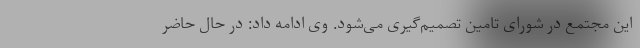
این مجتمع در شورای تامین تصمیم‌گیری می‌شود. وی ادامه داد: در حال حاضر